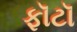
ફૉટૉ